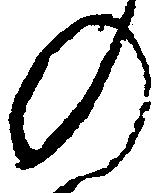
の